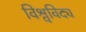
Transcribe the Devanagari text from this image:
विश्वविद्य